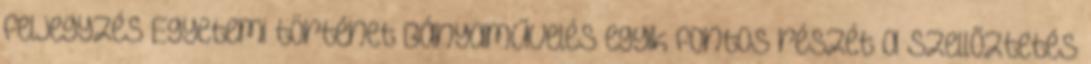
feljegyzés Egyetemi történet Bányaművelés egyik fontos részét a Szellőztetés